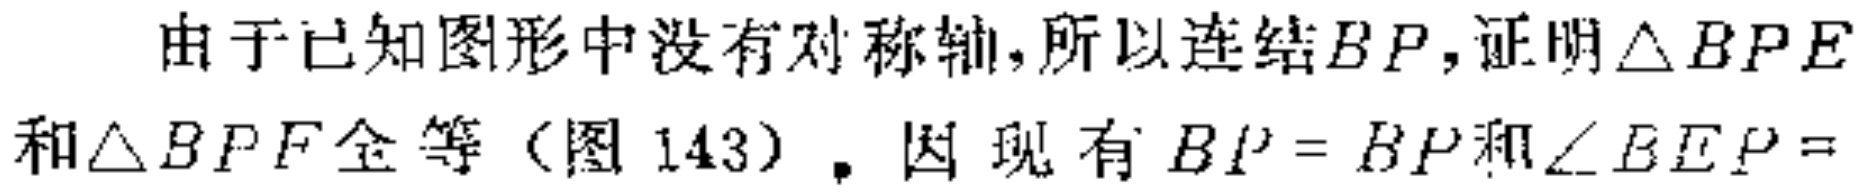
由于已知图形中没有对称轴,所以连结\(BP\),证明\(\triangle BPE\)和\(\triangle BPF\)全等（图143）. 因现有\(BP = BP\)和\(\angle BEP =\)